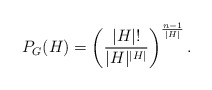
\begin{align*}P_G(H) = \left(\frac{\vert H\vert!}{\vert H\vert^{\vert H\vert}}\right)^{\frac{n-1}{\vert H\vert}}.\end{align*}